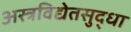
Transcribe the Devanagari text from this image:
अस्त्रविद्येतसुद्धा